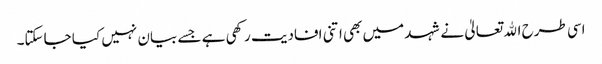
اسی طرح اﷲ تعالیٰ نے شہد میں بھی اتنی افادیت رکھی ہے جسے بیان نہیں کیا جاسکتا۔